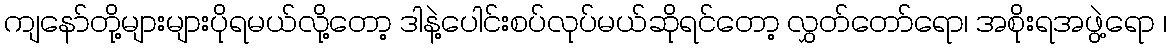
ကျနော်တို့များများပိုရမယ်လို့တော့ ဒါနဲ့ပေါင်းစပ်လုပ်မယ်ဆိုရင်တော့ လွှတ်တော်ရော၊ အစိုးရအဖွဲ့ရော ၊